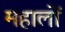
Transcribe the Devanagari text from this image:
महालों